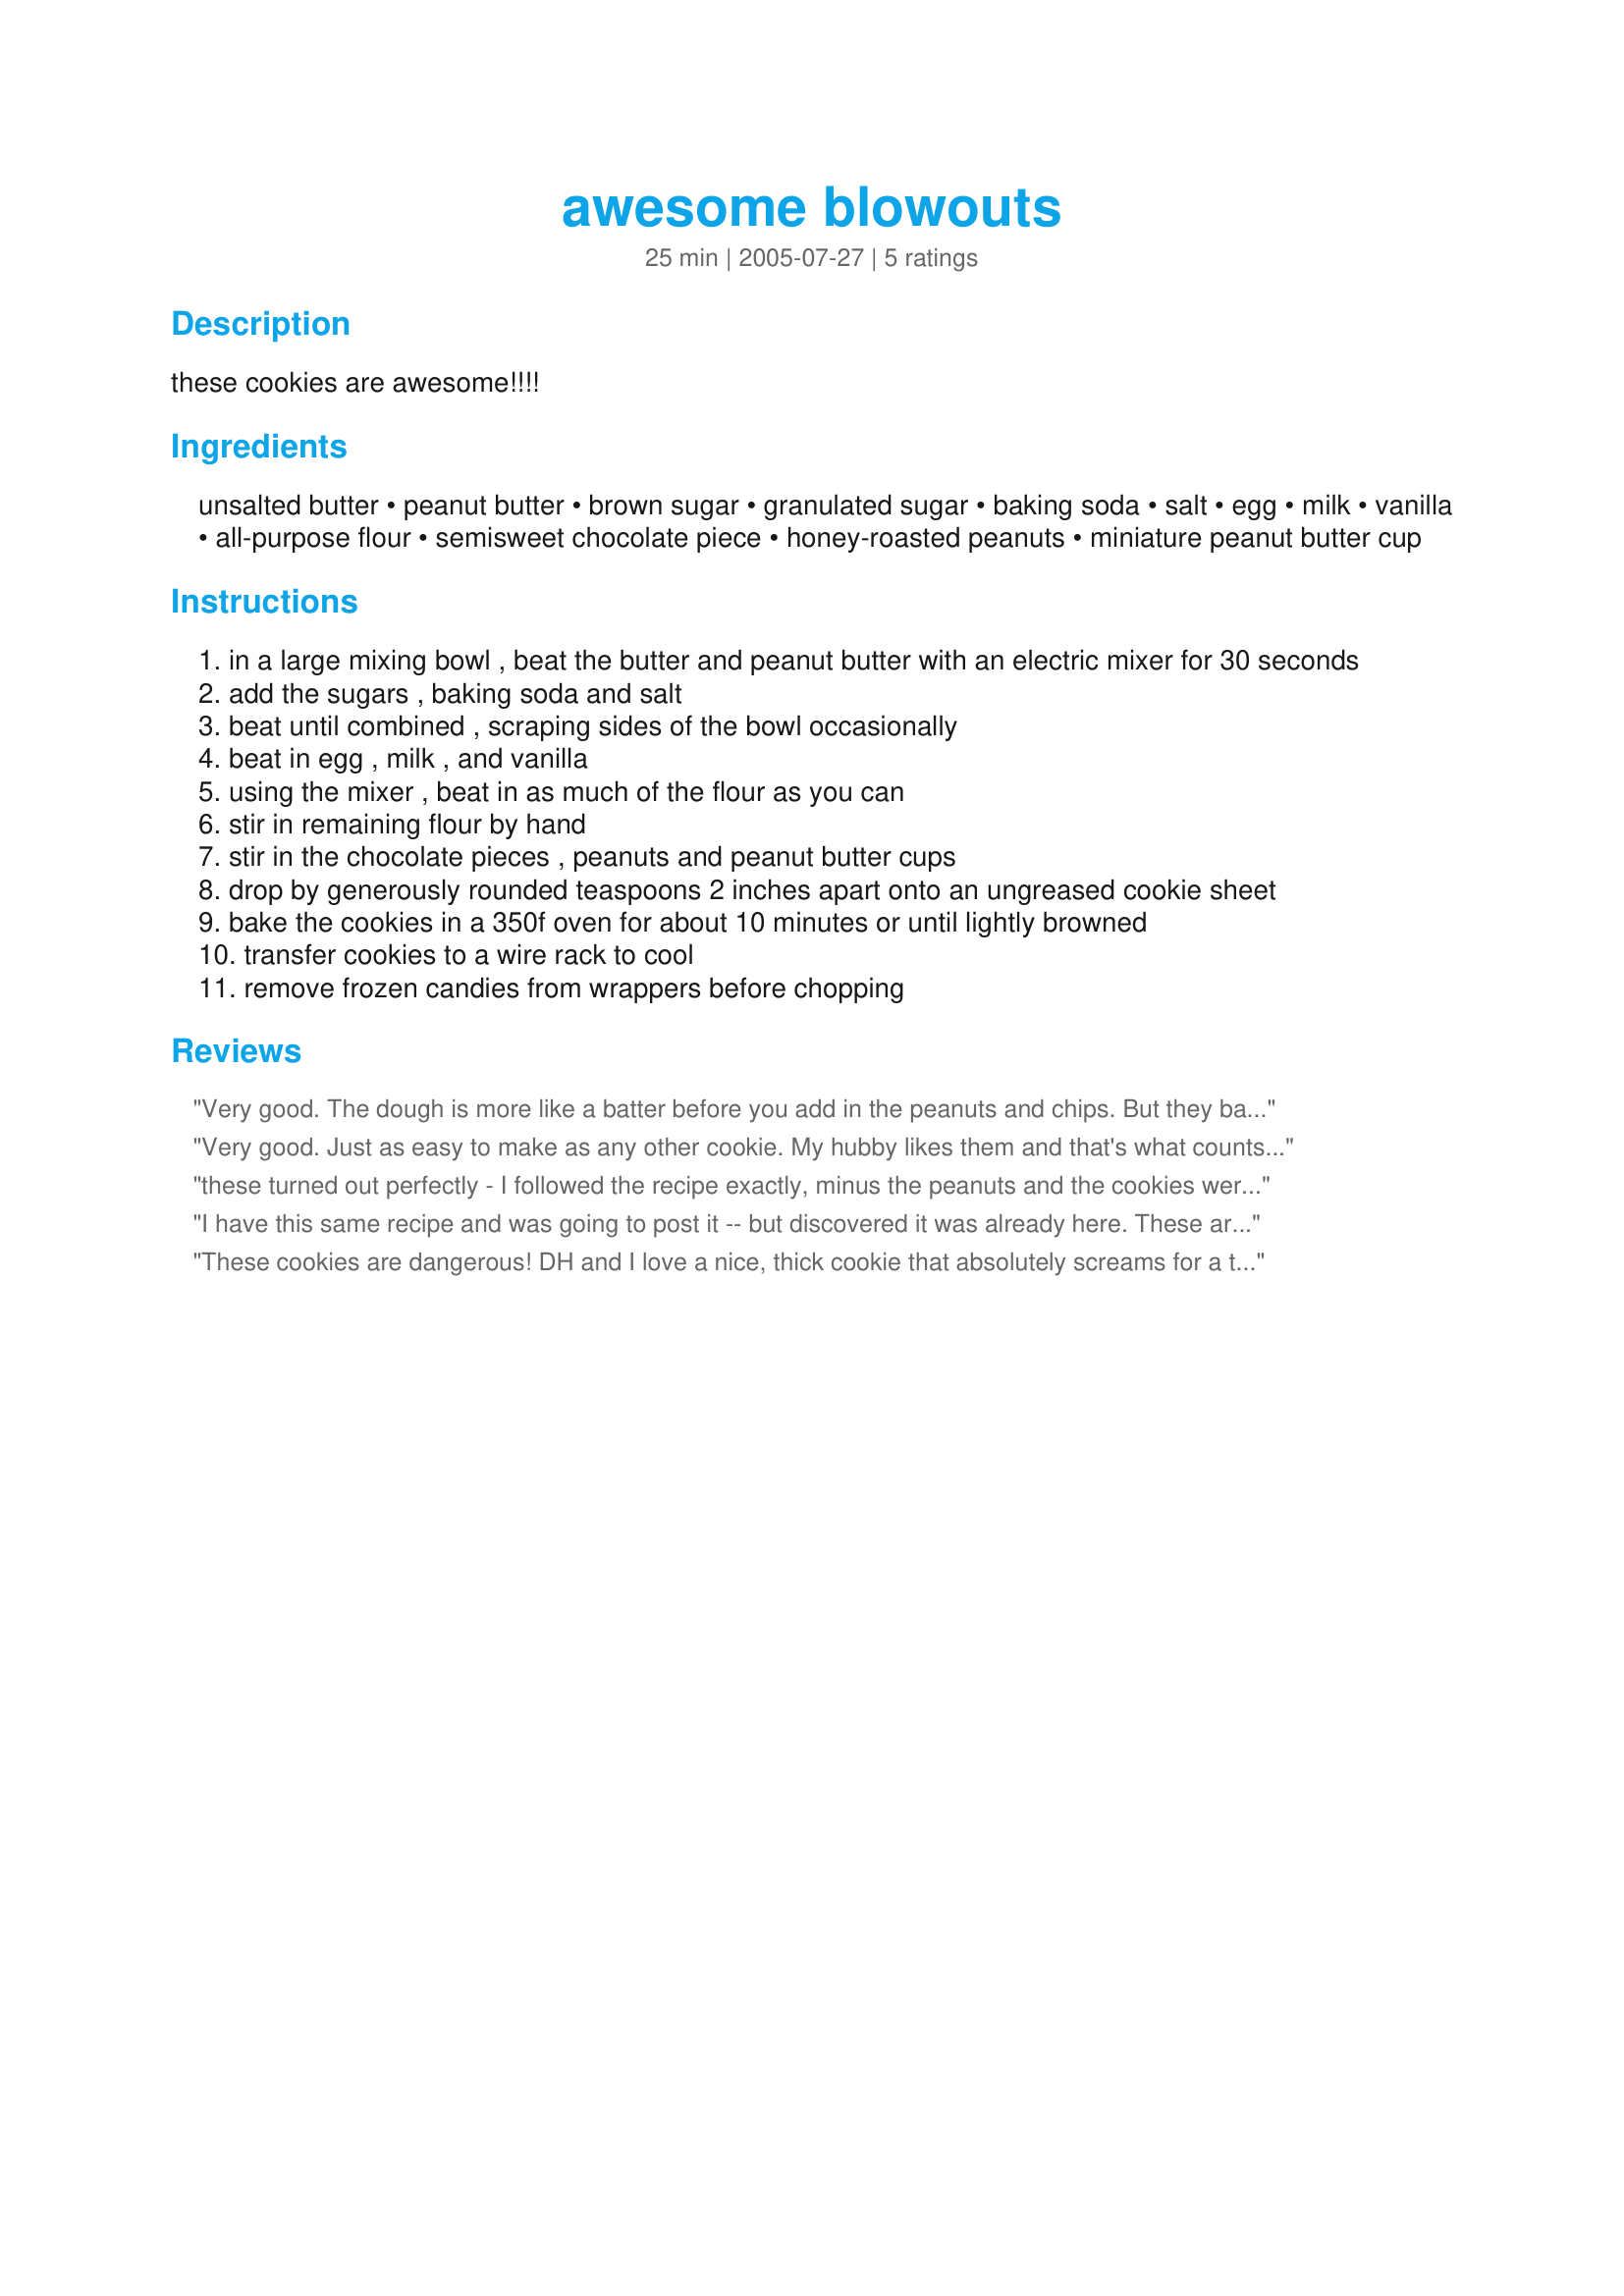
awesome blowouts
Preparation time: 25 minutes

these cookies are awesome!!!!

Ingredients:
unsalted butter, peanut butter, brown sugar, granulated sugar, baking soda, salt, egg, milk, vanilla, all-purpose flour, semisweet chocolate piece, honey-roasted peanuts, miniature peanut butter cup

Steps:
in a large mixing bowl , beat the butter and peanut butter with an electric mixer for 30 seconds
add the sugars , baking soda and salt
beat until combined , scraping sides of the bowl occasionally
beat in egg , milk , and vanilla
using the mixer , beat in as much of the flour as you can
stir in remaining flour by hand
stir in the chocolate pieces , peanuts and peanut butter cups
drop by generously rounded teaspoons 2 inches apart onto an ungreased cookie sheet
bake the cookies in a 350f oven for about 10 minutes or until lightly browned
transfer cookies to a wire rack to cool
remove frozen candies from wrappers before chopping

Reviews:
Very good. The dough is more like a batter before you add in the peanuts and chips. But they bake up nice and chewy. I added in some peanut butter chips as well.
Very good. Just as easy to make as any other cookie. My hubby likes them and that's what counts, cuz' I made them for him. Ready in 10 minutes. These cookies don't spread very much.

This recipe was made and reviewed for the All New Zaar Cookbook Tag.
these turned out perfectly - I followed the recipe exactly, minus the peanuts and the cookies were big and puffy and stayed soft for days. I wouldn't change a thing - great recipe!
I have this same recipe and was going to post it -- but discovered it was already here. These are wonderful cookies. They hold their shape really well -- they don't spread while baking. I got 36 cookies (used my scoop and I think it's about 2 tablespoons). The baking time is right on. Thanks for saving me the work and posting this great cookie recipe.
These cookies are dangerous! DH and I love a nice, thick cookie that absolutely screams for a tall, cold glass of milk and these fit that description. I like that they don't spread nearly at all and that they are decadent, but not too rich. I didn't have any peanuts (wouldn't have used anyways) and had to use chocolate chips and peanut butter chips. Fantastic and will use this recipe often!
